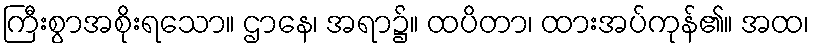
ကြီးစွာအစိုးရသော။ ဌာနေ၊ အရာ၌။ ထပိတာ၊ ထားအပ်ကုန်၏။ အထ၊